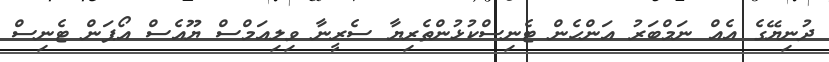
ދުނިޔޭގެ އެއް ނަމްބަރު އަންހެން ޓެނިސްކުޅުންތެރިޔާ ސެރީނާ ވިލިއަމްސް ޔޫއެސް އޯޕަން ޓެނިސް